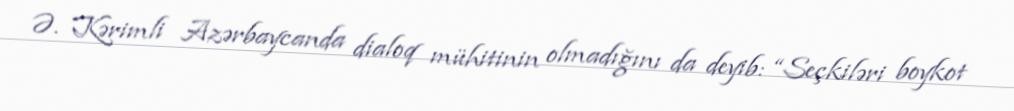
Ə. Kərimli Azərbaycanda dialoq mühitinin olmadığını da deyib: “Seçkiləri boykot